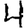
Digit: 4